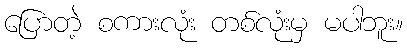
ပြောတဲ့ စကားလုံး တစ်လုံးမှ မပါဘူး။